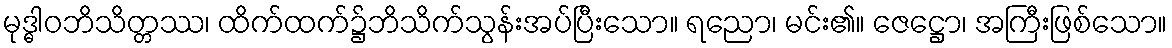
မုဒ္ဓါဝဘိသိတ္တဿ၊ ထိက်ထက်၌ဘိသိက်သွန်းအပ်ပြီးသော။ ရညော၊ မင်း၏။ ဇေဋ္ဌော၊ အကြီးဖြစ်သော။